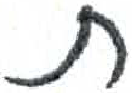
אות: ת